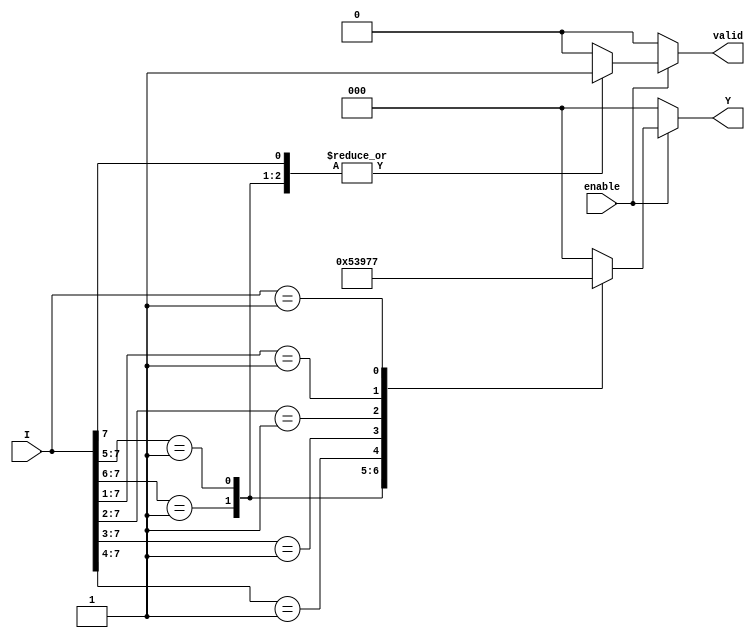
module Encoder_8to3 (
    input wire [7:0] I,      // 8 input lines
    input wire enable,       // Enable signal
    output reg [2:0] Y,      // 3 output lines
    output reg valid         // Output valid signal to indicate active encoding
);

    always @* begin
        if (!enable) begin
            Y = 3'b000;       // If not enabled, set output to zero
            valid = 1'b0;     // Output not valid
        end else begin
            casez (I)
                8'b1??????? : begin Y = 3'd0; valid = 1'b1; end // I[0] is high
                8'b01?????? : begin Y = 3'd1; valid = 1'b1; end // I[1] is high
                8'b001????? : begin Y = 3'd2; valid = 1'b1; end // I[2] is high
                8'b0001???? : begin Y = 3'd3; valid = 1'b1; end // I[3] is high
                8'b00001??? : begin Y = 3'd4; valid = 1'b1; end // I[4] is high
                8'b000001?? : begin Y = 3'd5; valid = 1'b1; end // I[5] is high
                8'b0000001? : begin Y = 3'd6; valid = 1'b1; end // I[6] is high
                8'b00000001 : begin Y = 3'd7; valid = 1'b1; end // I[7] is high
                default     : begin Y = 3'b000; valid = 1'b0; end // No active inputs
            endcase
        end
    end

endmodule